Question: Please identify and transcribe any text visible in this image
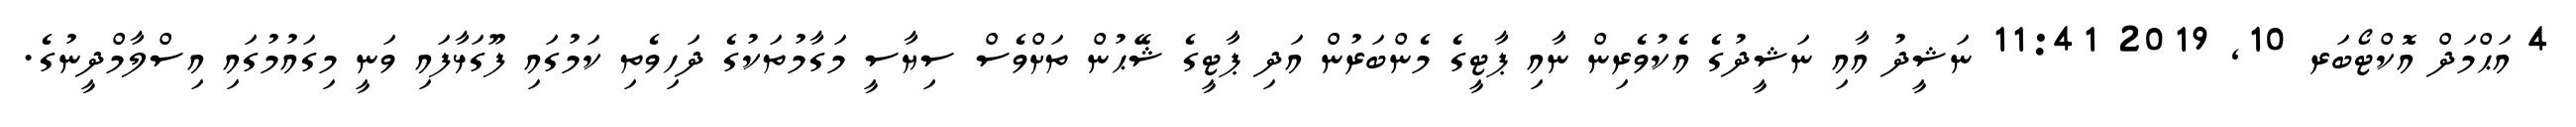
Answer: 4 އަޙްމަދް އޮކްޓޯބަރ 10, 2019 11:41 ނަޝީދު އާއި ނަޝީދުގެ އެކުވެރިން ނާއި ޕާޓީގެ މެންބަރުން އަދި ޕާޓީގެ ޝޭޙުން ތަށްވެސް ސިޔާސީ މަގާމުތަކުގެ ދަހިވެތި ކަމުގައި ފޫގަޅާފައި ވަނީ މިގައުމުގައި އިސްލާމްދީނުގެ.